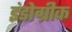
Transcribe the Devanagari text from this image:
इंडोग्रीक